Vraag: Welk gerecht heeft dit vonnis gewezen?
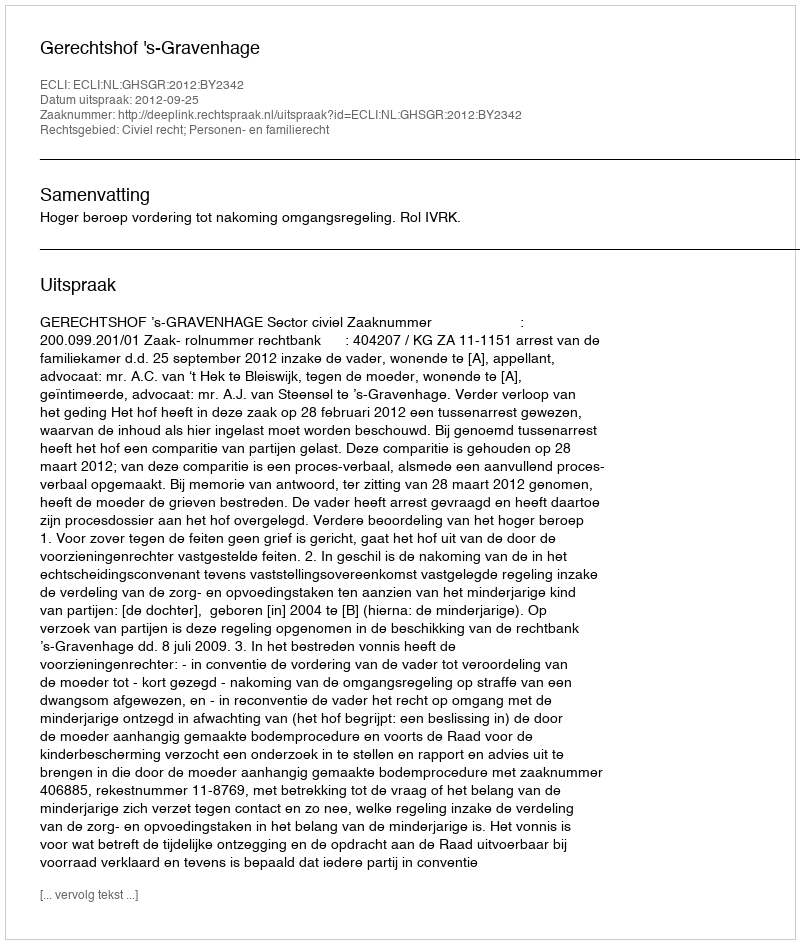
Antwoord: Gerechtshof 's-Gravenhage